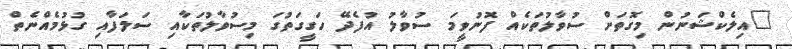
"އިލެކްޝަނުން މިގޮތަށް ސުވާލުތަކެއް ފޮނުވީމަ ސުވާލު އުފެދޭ ހަގީގަތުގަ މިސުވާލުތަކާއި ސަލަފާއި ގުޅުމެއްނެތް